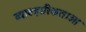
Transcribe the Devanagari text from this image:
व्यावहारिकताओ